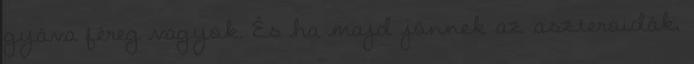
gyáva féreg vagyok. És ha majd jönnek az aszteroidák,